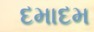
દમાદમ